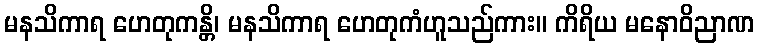
မနသိကာရ ဟေတုကန္တိ၊ မနသိကာရ ဟေတုကံဟူသည်ကား။ ကိရိယ မနောဝိညာဏ